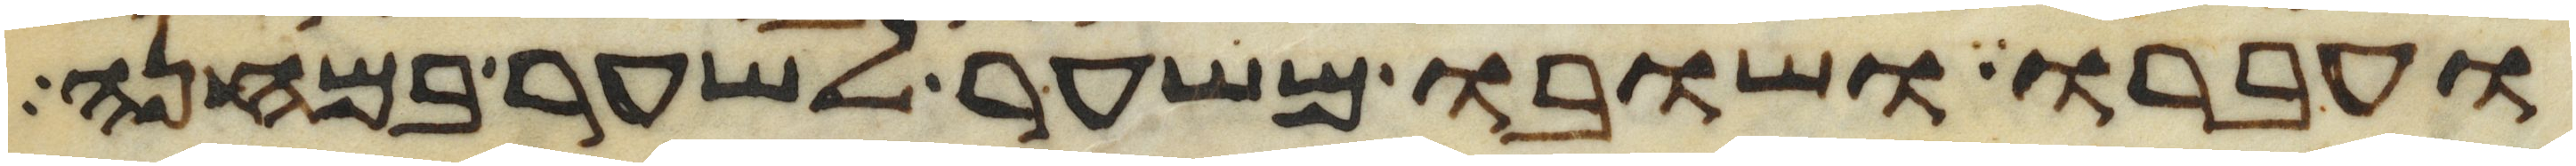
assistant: ועברו ושובו משער לשער במחנה